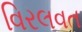
વિરલવત